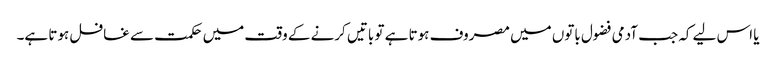
یا اس لیے کہ جب آدمی فضول باتوں میں مصروف ہوتا ہے تو باتیں کرنے کے وقت میں حکمت سے غافل ہوتا ہے۔